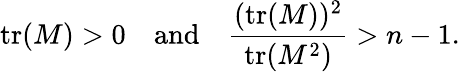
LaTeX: \operatorname{tr}(M)>0\quad\mathrm{and}\quad{\frac{(\operatorname{tr}(M))^{2}}{\operatorname{tr}(M^{2})}}>n-1.